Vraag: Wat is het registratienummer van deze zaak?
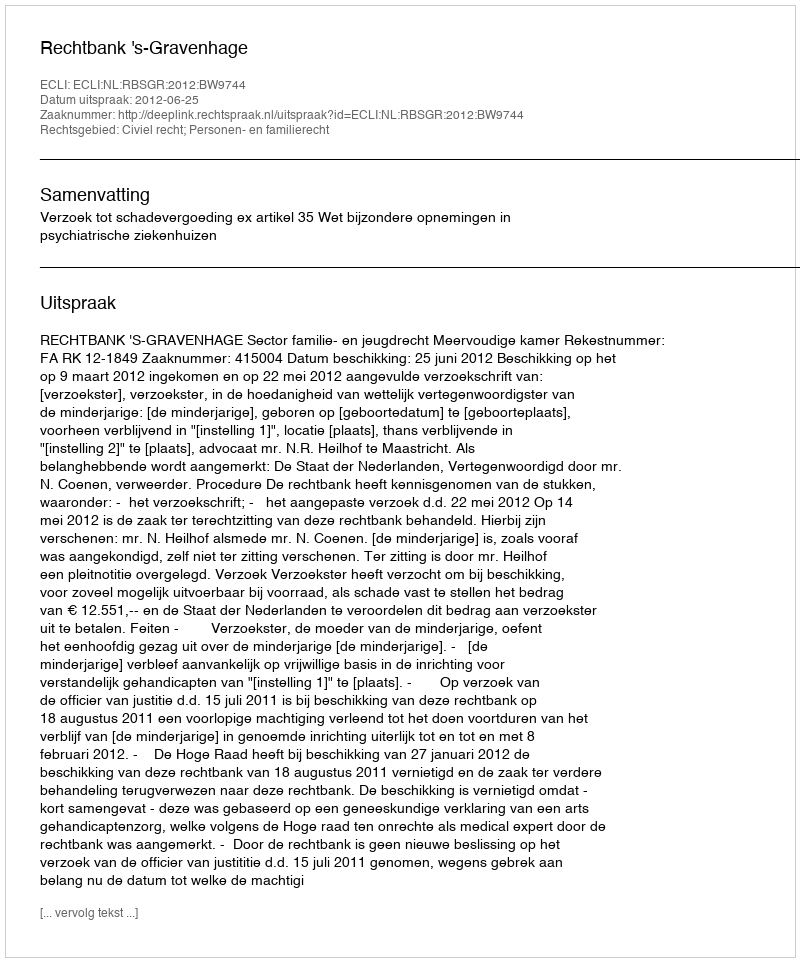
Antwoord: http://deeplink.rechtspraak.nl/uitspraak?id=ECLI:NL:RBSGR:2012:BW9744